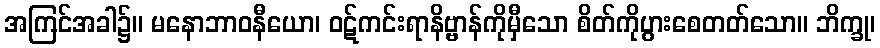
အကြင်အခါ၌။ မနောဘာဝနီယော၊ ဝဋ်ကင်းရာနိဗ္ဗာန်ကိုမှီသော စိတ်ကိုပွားစေတတ်သော။ ဘိက္ခု၊